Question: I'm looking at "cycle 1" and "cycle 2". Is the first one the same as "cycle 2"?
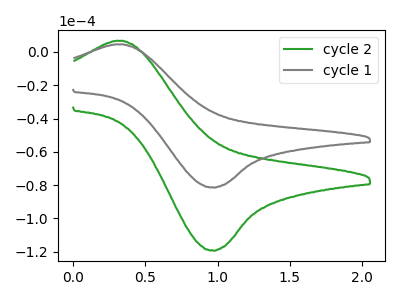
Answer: <think>The green curve "cycle 2" has an anodic peak at (0.30V, 6.75uA) and a cathodic peak at (0.95V, -119.20uA). The gray curve "cycle 1" has an anodic peak at (0.30V, 4.60uA) and a cathodic peak at (0.95V, -81.35uA).
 All the peaks in "cycle 1" have a peak in "cycle 2" at the same potential. Every peak in "cycle 1" is lower than every peak in "cycle 2".</think>
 <answer>"cycle 1" and "cycle 2" are similar in shape.</answer>
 <eval>same_shape</eval>